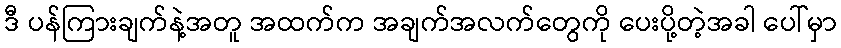
ဒီ ပန်ကြားချက်နဲ့အတူ အထက်က အချက်အလက်တွေကို ပေးပို့တဲ့အခါ ပေါ်မှာ